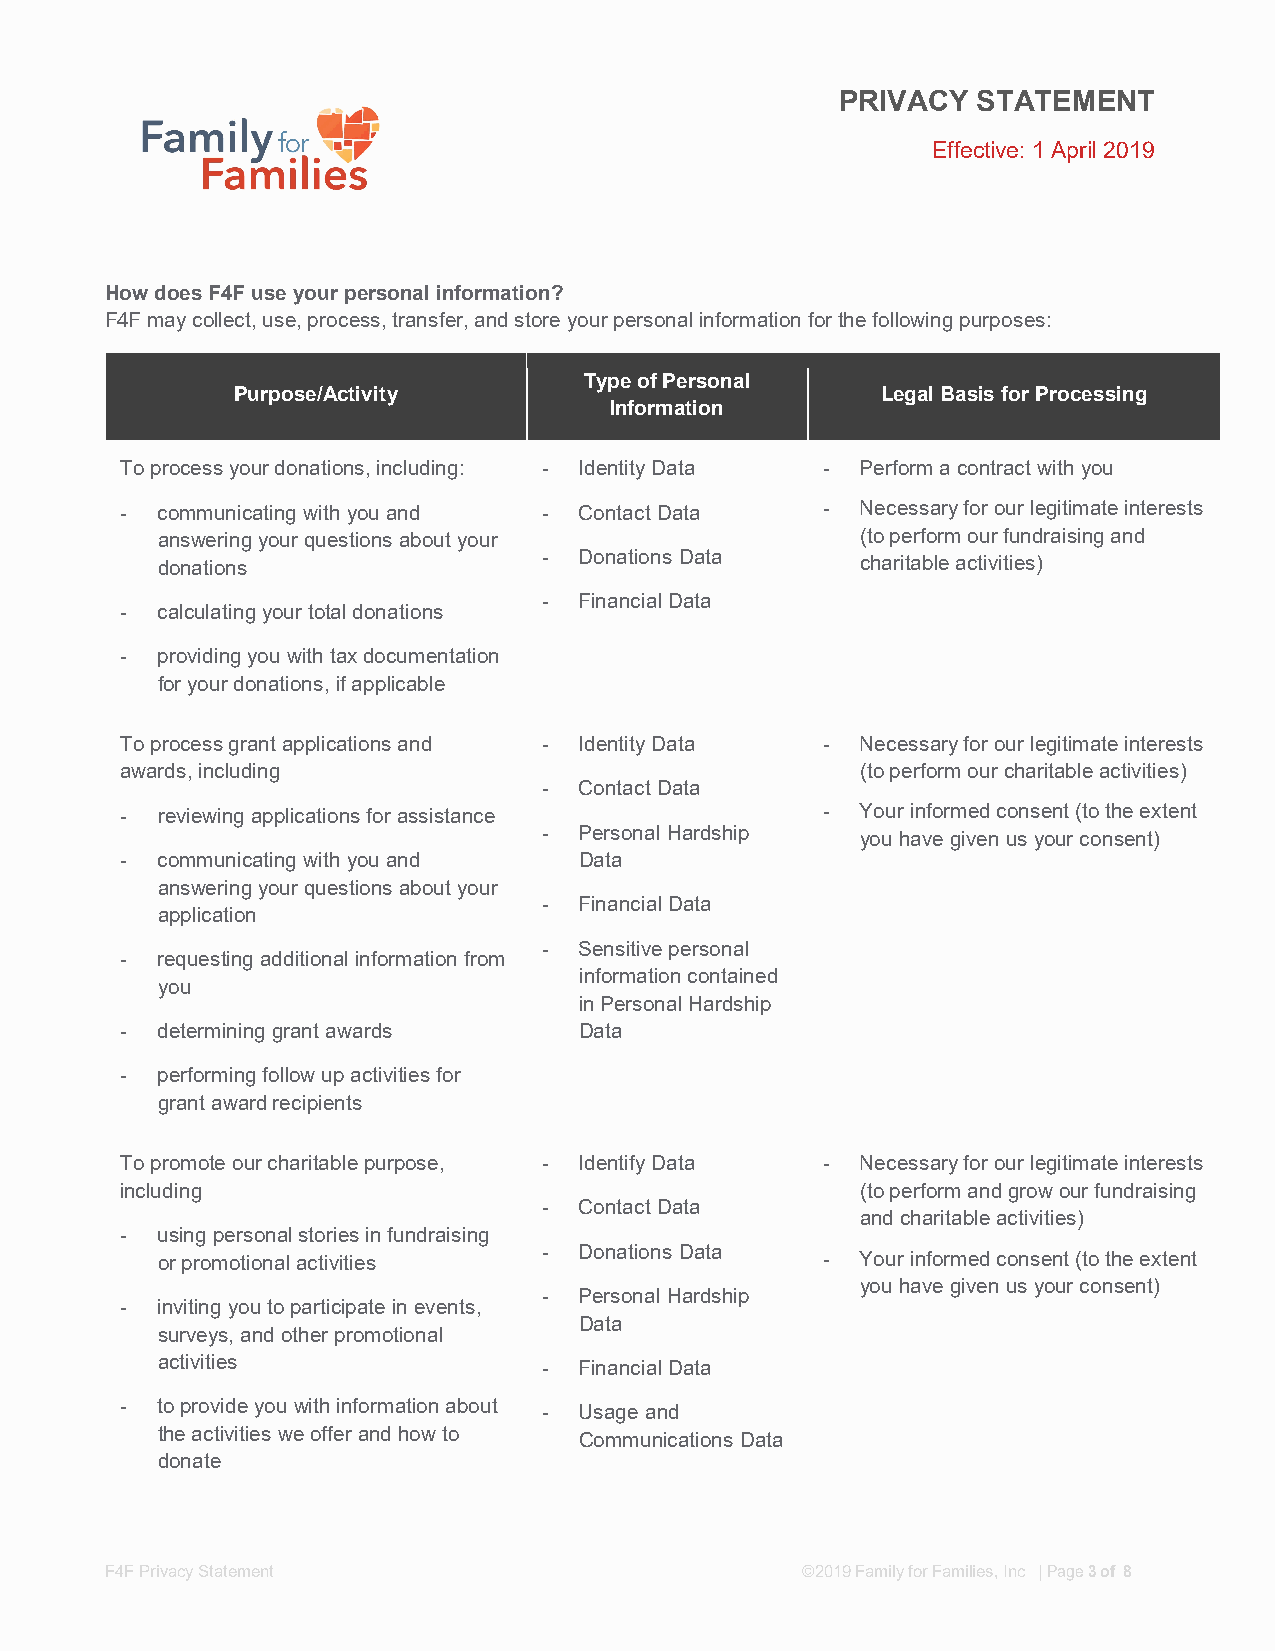
PRIVACY  STATEMENT
 Effective: 1 April 2019
 How does F4F use your personal information?
 F4F may collect, use, process, transfer, and store your personal information for the following purposes:
 Type of Personal
 Purpose/Activity                           Legal Basis for Processing
 Information
 To process your donations, including: - Identity Data - Perform a contract with you
 - communicating with you and - Contact Data   -  Necessary for our legitimate interests
 answering your questions about your            (to perform our fundraising and
 - Donations Data
 donations                                      charitable activities)
 - Financial Data
 - calculating your total donations
 - providing you with tax documentation
 for your donations, if applicable
 To process grant applications and - Identity Data - Necessary for our legitimate interests
 awards, including                                (to perform our charitable activities)
 - Contact Data
 - reviewing applications for assistance       -  Your informed consent (to the extent
 - Personal Hardship
 you have given us your consent)
 - communicating with you and  Data
 answering your questions about your
 - Financial Data
 application
 - Sensitive personal
 - requesting additional information from
 information contained
 you
 in Personal Hardship
 - determining grant awards    Data
 - performing follow up activities for
 grant award recipients
 To promote our charitable purpose, - Identify Data - Necessary for our legitimate interests
 including                                        (to perform and grow our fundraising
 - Contact Data
 and charitable activities)
 - using personal stories in fundraising
 - Donations Data
 or promotional activities                   -  Your informed consent (to the extent
 you have given us your consent)
 - Personal Hardship
 - inviting you to participate in events,
 Data
 surveys, and other promotional
 activities                - Financial Data
 - to provide you with information about - Usage and
 the activities we offer and how to Communications Data
 donate
 F4F Privacy Statement                         ©2019 Family for Families, Inc | Page 3 of 8